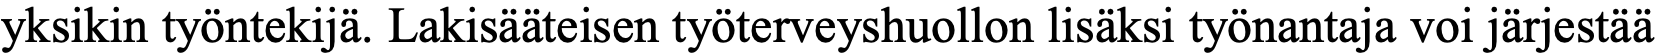
yksikin työntekijä. Lakisääteisen työterveyshuollon lisäksi työnantaja voi järjestää